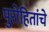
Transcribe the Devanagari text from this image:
पुरोहितांचे